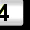
Digit: 4